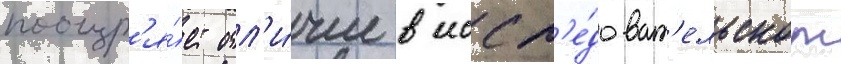
поощр'я́ет отл'и́чие в иссл'е́доват'ельском